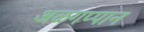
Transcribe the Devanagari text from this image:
अळगप्पान